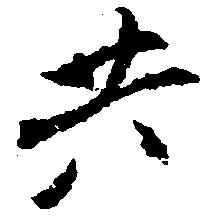
共